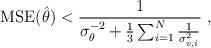
LaTeX: \begin{align*}\mathrm{MSE}(\hat{\theta})<\frac{1}{\sigma_{\theta}^{-2}+\frac{1}{3}\sum_{i=1}^N\frac{1}{\sigma_{v,i}^2}}\;,\end{align*}